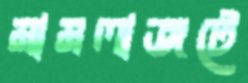
মামলাজটে